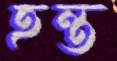
হন্ত